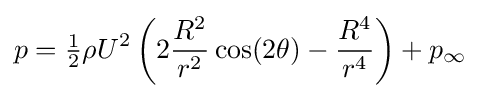
p={\tfrac {1}{2}}\rho U^{2}\left(2{\frac {R^{2}}{r^{2}}}\cos(2\theta )-{\frac {R^{4}}{r^{4}}}\right)+p_{\infty }